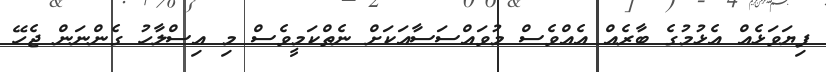
ފިޔަވަޅެއް އެޅުމުގެ ބާރެއް އެއްވެސް މުވައްސަސާއަކަށް ނެތްކަމީވެސް މި އިސްލާހު ގެންނަން ޖެހޭ